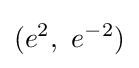
(e^{2},\ e^{-2})